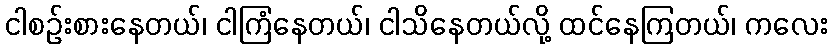
ငါစဉ်းစားနေတယ်၊ ငါကြံနေတယ်၊ ငါသိနေတယ်လို့ ထင်နေကြတယ်၊ ကလေး